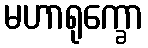
မဟာရုက္ခော